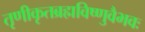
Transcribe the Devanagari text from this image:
तृणीकृतब्रह्मविष्णुवैभवः